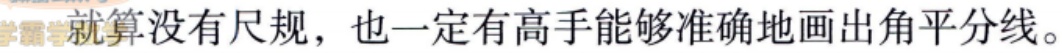
就算没有尺规，也一定有高手能够准确地画出角平分线。